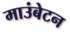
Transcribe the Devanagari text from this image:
माउंबेटन